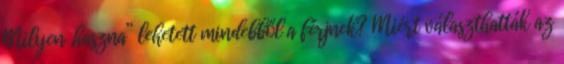
Milyen „haszna” lehetett mindebből a férjnek? Miért választhatták az